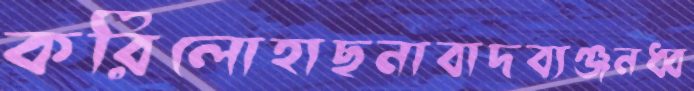
করিলোহাছনাবাদব্যঞ্জনধ্ব